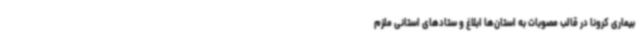
بیماری کرونا در قالب مصوبات به استان‌ها ابلاغ و ستادهای استانی ملزم